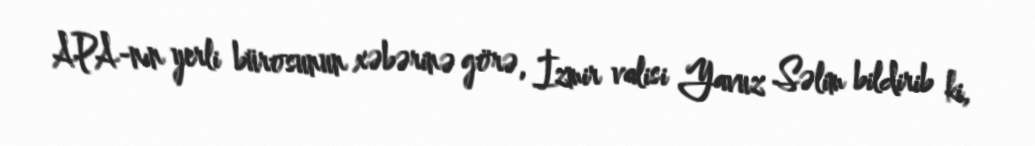
APA-nın yerli bürosunun xəbərinə görə, İzmir valisi Yavuz Səlim bildirib ki,